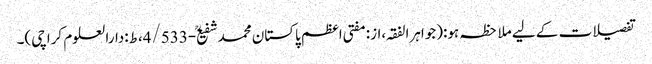
تفصیلات کے لیے ملاحظہ ہو:(جواہرالفقہ،از:مفتی اعظم پاکستان محمدشفیعؒ-4/533،ط:دارالعلوم کراچی)۔